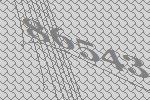
86543